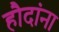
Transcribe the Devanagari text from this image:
हौदांना